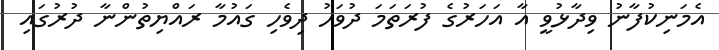
އެމަނިކުފާނު ވިދާޅުވީ އާ އަހަރުގެ ފުރަތަމަ ދުވަހު ދިވެހި ގައުމާ ރައްޔިތުންނާ ދުރުގައި